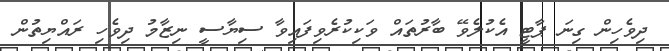
ދިވެހިން ގިނަ ޕާޓީ އެކުލެވޭ ބާރުތައް ވަކިކުރެވިފައިވާ ސިޔާސީ ނިޒާމު ދިވެހި ރައްޔިތުން